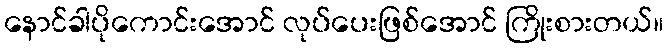
နောင်ခါပိုကောင်းအောင် လုပ်ပေးဖြစ်အောင် ကြိုးစားတယ်။